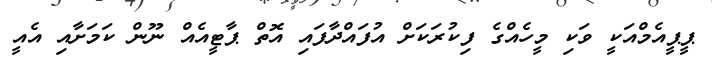
ޕީޕީއެމްއަކީ ވަކި މީހެއްގެ ފިކުރަކަށް އުފައްދާފައި އޮތް ޕާޓީއެއް ނޫން ކަމަށާއި އެއީ